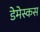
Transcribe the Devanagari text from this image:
डेमेस्कस